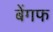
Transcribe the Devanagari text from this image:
बेंगफ